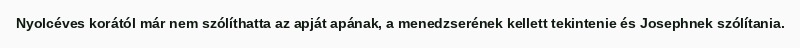
Nyolcéves korától már nem szólíthatta az apját apának, a menedzserének kellett tekintenie és Josephnek szólítania.